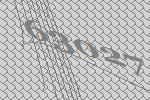
63027